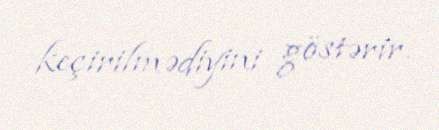
keçirilmədiyini göstərir.